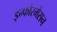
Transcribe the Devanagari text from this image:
इन्फोरमेंसन